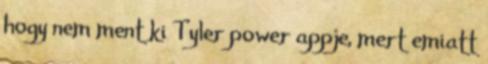
hogy nem ment ki Tyler power appje, mert emiatt